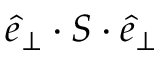
\boldsymbol { \hat { e } } _ { \perp } \cdot \boldsymbol { S } \cdot \boldsymbol { \hat { e } } _ { \perp }